Leaving Certificate Examination (including Day School Certificate (Higher) General paper), 1929
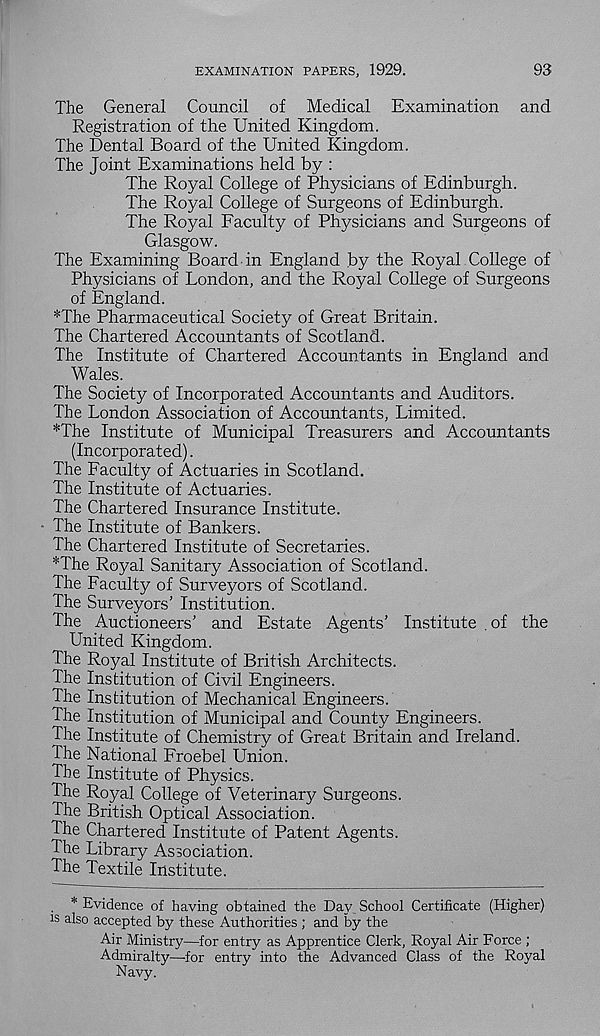
EXAMINATION PAPERS, 1929.
93
The General Council of Medical Examination and
Registration of the United Kingdom.
The Dental Board of the United Kingdom.
The Joint Examinations held by :
The Royal College of Physicians of Edinburgh.
The Royal College of Surgeons of Edinburgh.
The Royal Faculty of Physicians and Surgeons of
Glasgow.
The Examining Board in England by the Royal College of
Physicians of London, and the Royal College of Surgeons
of England.
*The Pharmaceutical Society of Great Britain.
The Chartered Accountants of Scotland.
The Institute of Chartered Accountants in England and
Wales.
The Society of Incorporated Accountants and Auditors.
The London Association of Accountants, Limited.
*Tbe Institute of Municipal Treasurers and Accountants
(Incorporated).
The Faculty of Actuaries in Scotland.
The Institute of Actuaries.
The Chartered Insurance Institute.
The Institute of Bankers.
The Chartered Institute of Secretaries.
*The Royal Sanitary Association of Scotland.
The Faculty of Surveyors of Scotland.
The Surveyors’ Institution.
The Auctioneers’ and Estate Agents’ Institute .of the
United Kingdom.
The Royal Institute of British Architects.
The Institution of Civil Engineers.
The Institution of Mechanical Engineers.
The Institution of Municipal and County Engineers.
The Institute of Chemistry of Great Britain and Ireland.
The National Froebel Union.
The Institute of Physics.
The Royal College of Veterinary Surgeons.
The British Optical Association.
The Chartered Institute of Patent Agents.
The Library Association.
The Textile Institute.
* Evidence of having obtained the Day School Certificate (Higher)
is also accepted by these Authorities ; and by the
Air Ministry—for entry as Apprentice Clerk, Royal Air Force ;
Admiralty—for entry into the Advanced Class of the Royal
Navy.